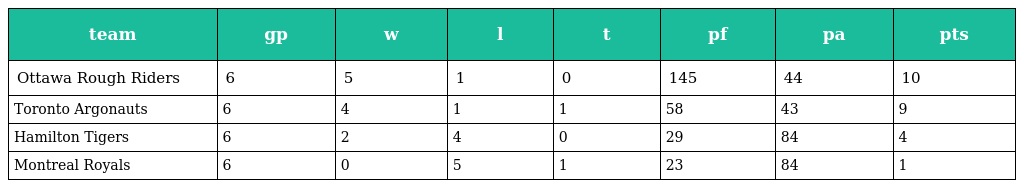
| team | gp | w | l | t | pf | pa | pts |
 | --- | --- | --- | --- | --- | --- | --- | --- |
 | Ottawa Rough Riders | 6 | 5 | 1 | 0 | 145 | 44 | 10 |
 | Toronto Argonauts | 6 | 4 | 1 | 1 | 58 | 43 | 9 |
 | Hamilton Tigers | 6 | 2 | 4 | 0 | 29 | 84 | 4 |
 | Montreal Royals | 6 | 0 | 5 | 1 | 23 | 84 | 1 |